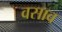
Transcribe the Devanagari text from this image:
वसाव